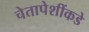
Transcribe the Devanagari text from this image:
चेतापेशींकडे